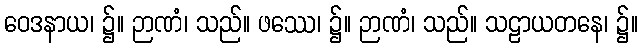
ဝေဒနာယ၊ ၌။ ဉာဏံ၊ သည်။ ဖဿေ၊ ၌။ ဉာဏံ၊ သည်။ သဠာယတနေ၊ ၌။